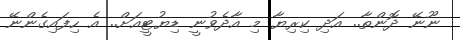
ނޫނޭ ދޮންތާ.. އަދި ކިރިޔާ މި އާދެވުނީ ޑިޔުޓީއަށް.. އެ ހިފައިގެންނޭ